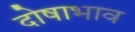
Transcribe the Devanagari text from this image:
दोषाभाव